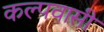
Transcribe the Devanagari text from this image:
कल्पवासी